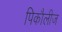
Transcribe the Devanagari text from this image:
पिकौलीज